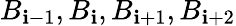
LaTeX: B_{\mathbf{i}-1},B_{\mathbf{i}},B_{\mathbf{i}+1},B_{\mathbf{i}+2}